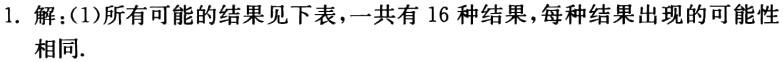
1. 解：(1)所有可能的结果见下表，一共有 16 种结果，每种结果出现的可能性相同.